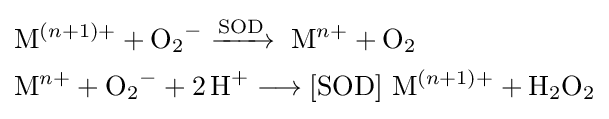
{\begin{aligned}&{\mathrm {M} }^{(n+1)+}+{\mathrm {O} {\vphantom {A}}_{\smash[{t}]{2}}{\vphantom {A}}^{-}{}\mathrel {\xrightarrow {\mathrm {SOD} } } {}}\ {\mathrm {M} }^{n+}+{\mathrm {O} {\vphantom {A}}_{\smash[{t}]{2}}}\\&{\mathrm {M} }^{n+}+{\mathrm {O} {\vphantom {A}}_{\smash[{t}]{2}}{\vphantom {A}}^{-}{}+{}2\,\mathrm {H} {\vphantom {A}}^{+}{}\mathrel {\longrightarrow } {}[\mathrm {SOD} ]}\ {\mathrm {M} }^{(n+1)+}+{\mathrm {H} {\vphantom {A}}_{\smash[{t}]{2}}\mathrm {O} {\vphantom {A}}_{\smash[{t}]{2}}}\end{aligned}}